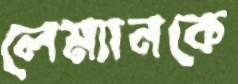
লেম্যানকে